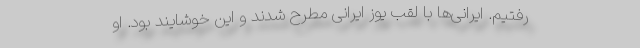
رفتیم. ایرانی‌ها با لقب یوز ایرانی مطرح شدند و این خوشایند بود. او